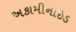
અકામીનાઈડ